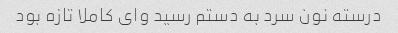
درسته نون سرد به دستم رسید وای کاملا تازه بود